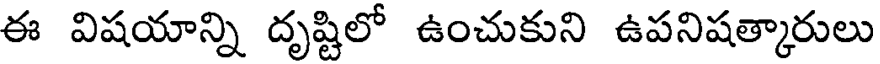
ఈ విషయాన్ని దృష్టిలో ఉంచుకుని ఉపనిషత్కారులు